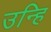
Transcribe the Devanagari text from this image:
उन्हि